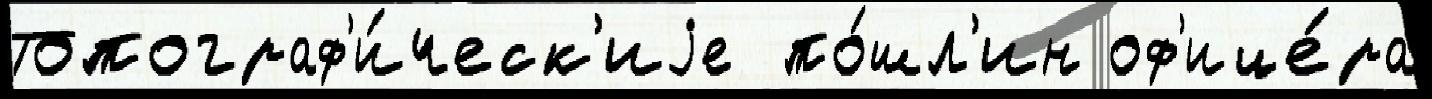
Топограф'и́ческ'иjе  по́шл'ин оф'ице́ра